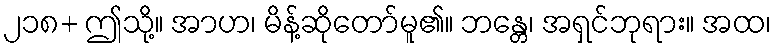
၂၁၈+ ဤသို့။ အာဟ၊ မိန့်ဆိုတော်မူ၏။ ဘန္တေ၊ အရှင်ဘုရား။ အထ၊